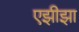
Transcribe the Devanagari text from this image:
एझीझा